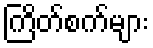
ကြိတ်စက်များ